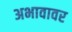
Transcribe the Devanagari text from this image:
अभावावर